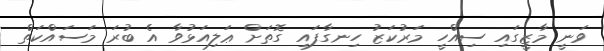
ވަނީ މާޒީގައި ސިއްހީ މަރުކަޒު ހިނގާފައި ގޮތަށް ޢަލިއަޅުވާ އެ ބުރަ މަސައްކަތް